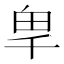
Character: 𭅡